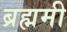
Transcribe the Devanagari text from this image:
ब्रह्ममी